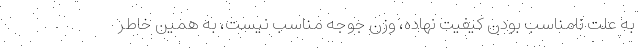
به علت نامناسب بودن کیفیت نهاده، وزن جوجه مناسب نیست، به همین خاطر